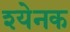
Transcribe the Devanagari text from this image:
श्येनक